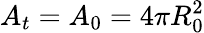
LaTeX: A_{t}=A_{0}=4\pi R_{0}^{2}